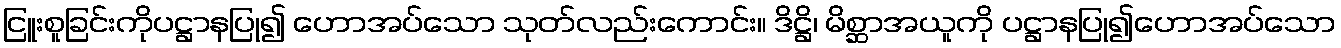
ငြူးစူခြင်းကိုပဋ္ဌာနပြု၍ ဟောအပ်သော သုတ်လည်းကောင်း။ ဒိဋ္ဌိ၊ မိစ္ဆာအယူကို ပဋ္ဌာနပြု၍ဟောအပ်သော